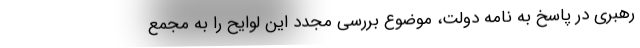
رهبری در پاسخ به نامه دولت، موضوع بررسی مجدد این لوایح را به مجمع